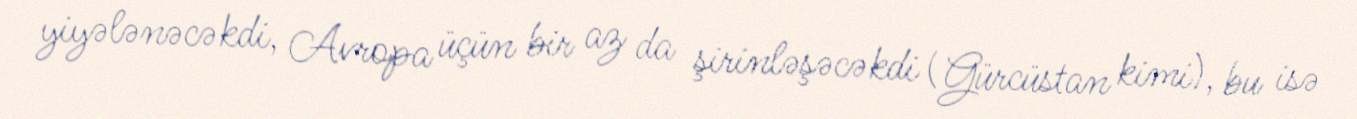
yiyələnəcəkdi, Avropa üçün bir az da şirinləşəcəkdi (Gürcüstan kimi), bu isə